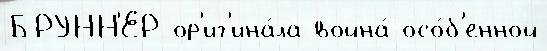
БРУНН'ЕР ор'иг'ина́ла война́ осо́б'енной